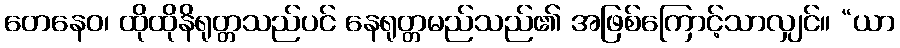
တေနေဝ၊ ထိုထိုနိရုတ္တသည်ပင် နေရုတ္တမည်သည်၏ အဖြစ်ကြောင့်သာလျှင်။ “ယာ